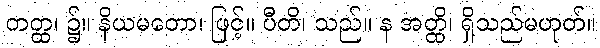
တတ္ထ၊ ၌။ နိယမတော၊ ဖြင့်။ ပီတိ၊ သည်။ န အတ္ထိ၊ ရှိသည်မဟုတ်။